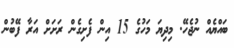
ބައްޔެއް ނުޖެހޭ. މިދިޔަ މަހުގެ 15 އިން ފެށިގެން ރަށަށް އަރާ ފޭބުން